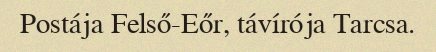
Postája Felső-Eőr, távírója Tarcsa.